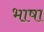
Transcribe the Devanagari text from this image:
भा़षा